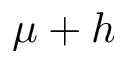
\mu + h